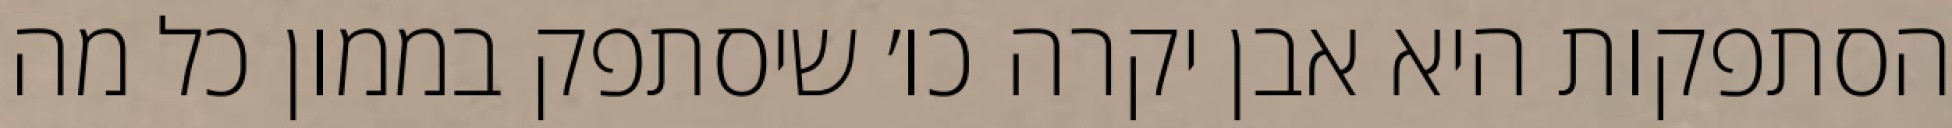
הסתפקות היא אבן יקרה כו׳ שיסתפק בממון כל מה